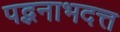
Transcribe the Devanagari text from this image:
पद्भनाभदत्त